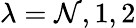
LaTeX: \lambda=\mathcal{N},1,2